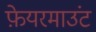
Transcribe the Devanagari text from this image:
फ़ेयरमाउंट